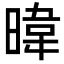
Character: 暐